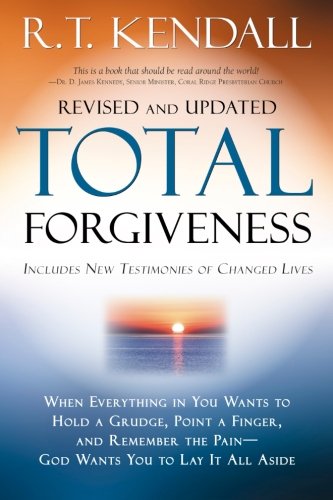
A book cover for Total Forgiveness; R. T. Kendall; Christian Books & Bibles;